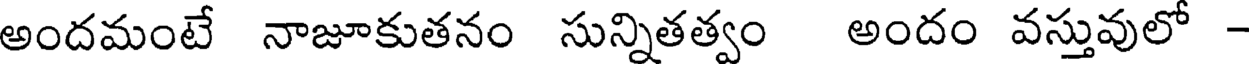
అందమంటే నాజూకుతనం సున్నితత్వం అందం వస్తువులో -